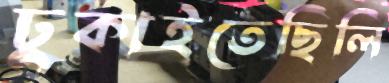
ঢুকাইতেছিলি